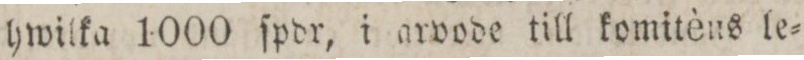
hwilka 1000 ſpdr, i arvode till komitèns le=